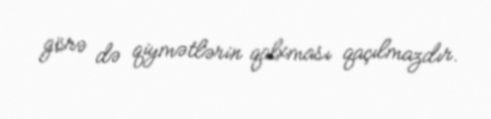
görə də qiymətlərin qalxması qaçılmazdır.